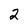
Character: 2